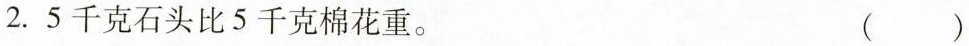
2.5千克石头比5千克棉花重。 ( )